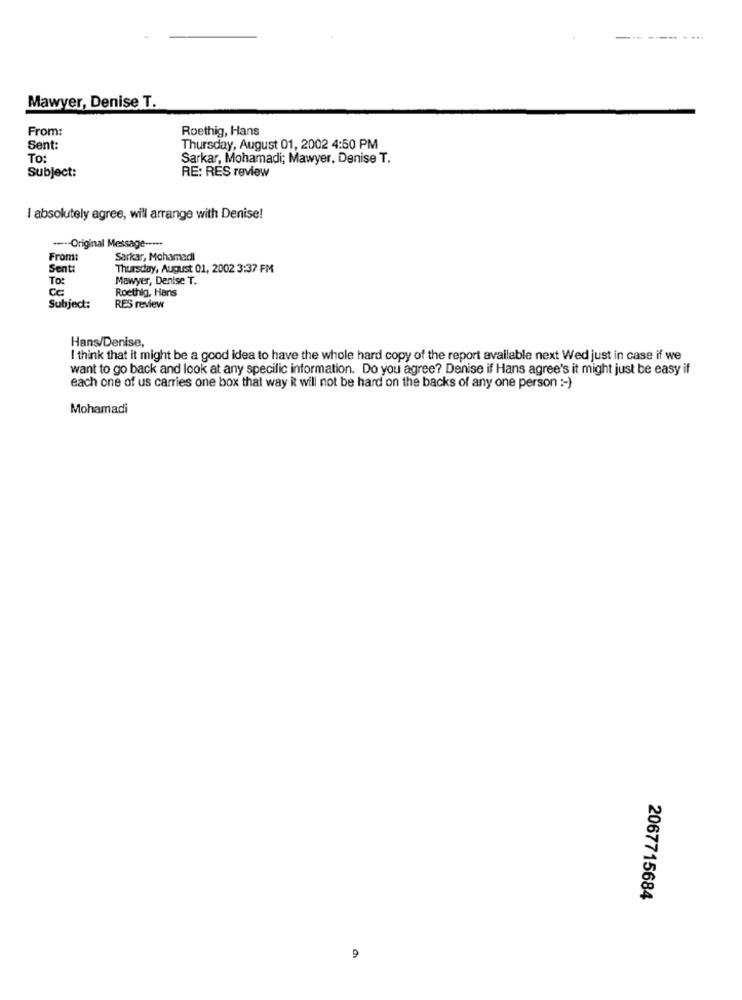
Mawyer, Denise T.
From:
Roethig, Hans
Sent:
Thursday, August 01, 2002 4:50 PM
To:
Sarkar, Mohamadi; Mawyer, Denise T.
Subject:
RE: RES review
I absolutely agree, will arrange with Denise!
---- Original Message ----*
From:
Sarkar, Mohamedl
Sent:
Thursday, August 01, 2002 3:37 FM
To:
Mewyer, Denise T.
Cc:
Roethlg, Hans
Subject:
RES review
Hans/Denise,
I think that it might be a good idea to have the whole hard copy of the report available next Wed just in case if we
want to go back and look at any specific information. Do you agree? Denise if Hans agree's it might just be easy if
each one of us carries one box that way it will not be hard on the backs of any one person :- )
Mohamadi
2067715684
9